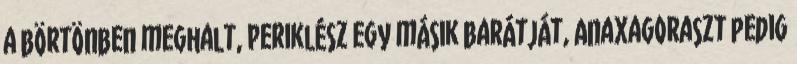
a börtönben meghalt, Periklész egy másik barátját, Anaxagoraszt pedig